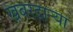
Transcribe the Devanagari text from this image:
खबरदाऱ्या